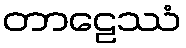
တာဠေဿံ